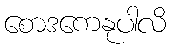
စောဒကေနုပါလိ